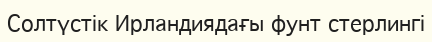
Солтүстік Ирландиядағы фунт стерлингі